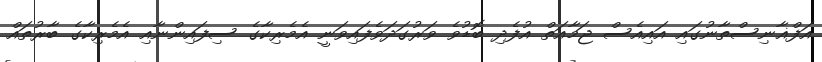
އަފްޣާނިސްތާނުގައި އައިއެސް ޖަމާއަތް އުފެދި ބޮޑުވެ ވަރުގަދަވެފައިވަނީ އެމެރިކާގެ ސިފައިންނާއި އެމެރިކާގެ ބާރުތައް